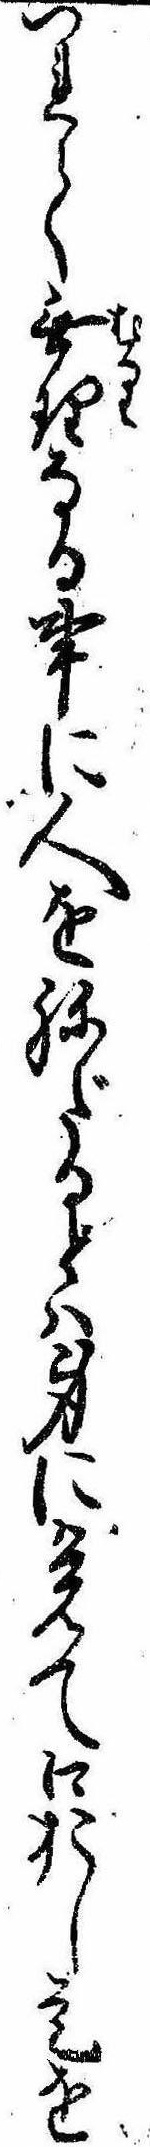
つれて無理なる事に人をねだるとは身に覚て口おし是を